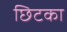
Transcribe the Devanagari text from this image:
छिटका